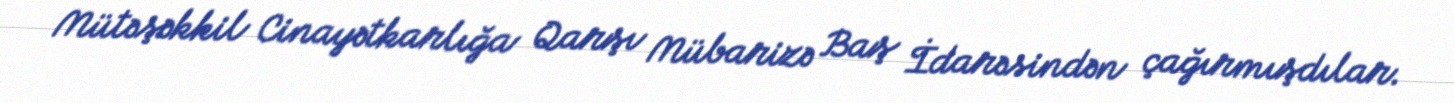
Mütəşəkkil Cinayətkarlığa Qarşı Mübarizə Baş İdarəsindən çağırmışdılar.